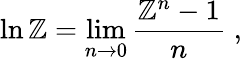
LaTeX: \ln\mathbb{Z}=\operatorname*{lim}_{n\to0}\frac{{\mathbb{Z}^{n}-1}}{{n}}\; ,